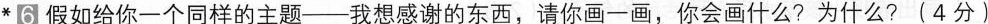
*6假如给你一个同样的主题─-我想感谢的东西，请你画一画，你会画什么?为什么?(4分)